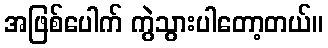
အဖြစ်ပေါက် ကွဲသွားပါတော့တယ်။